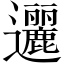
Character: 邐